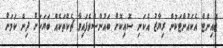
ޖޮއިންޓް އެކައުންޓަކުން ރިޔާޒު އެކަނި ސޮއިކޮށް ބައުންސްވެފައިވާ ޗެކްތަކެއް ބަޔަކަށް ދިން ކަމަށް